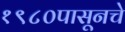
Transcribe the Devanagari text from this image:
१९८०पासूनचे